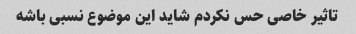
تاثیر خاصی حس نکردم شاید این موضوع نسبی باشه